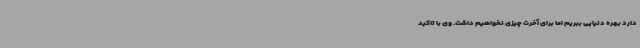
دارد بهره دنیایی ببریم اما برای آخرت چیزی نخواهیم داشت. وی با تاکید